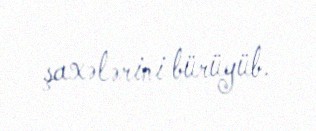
şaxələrini bürüyüb.